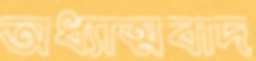
অধ্যাত্মবাদ